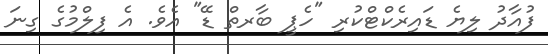
ފުއާދު ލިޔެ ޑައިރެކްޓްކުރި "ހެޕީ ބާރތް ޑޭ" އެވެ. އެ ފިލްމުގެ ގިނަ